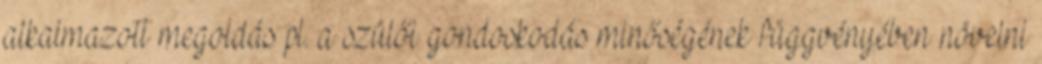
alkalmazott megoldás pl. a szülői gondoskodás minőségének függvényében növelni